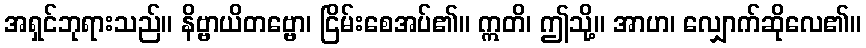
အရှင်ဘုရားသည်။ နိဗ္ဗာယိတဗ္ဗော၊ ငြိမ်းစေအပ်၏။ ဣတိ၊ ဤသို့။ အာဟ၊ လျှောက်ဆိုလေ၏။